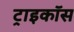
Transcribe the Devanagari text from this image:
ट्राइकॉस